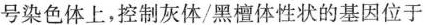
号染色体上，控制灰体/黑檀体性状的基因位于